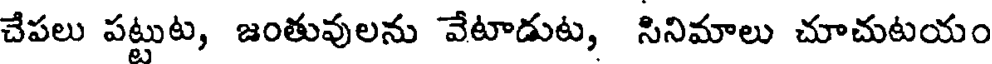
చేపలు పట్టుట, జంతువులను వేటాడుట, సినిమాలు చూచుటయం